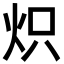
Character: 炽